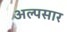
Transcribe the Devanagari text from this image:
अल्पसार